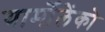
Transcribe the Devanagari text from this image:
यार्मोलेंको